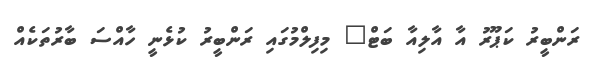
ރަންބީރު ކަޕޫރު އާ އާލިއާ ބަޓް" މިފިލްމުގައި ރަންބީރު ކުޅެނީ ހާއްސަ ބާރުތަކެއް